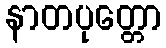
နာတပုတ္တော